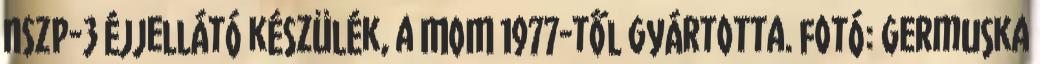
NSZP-3 éjjellátó készülék, a MOM 1977-től gyártotta. fotó: Germuska